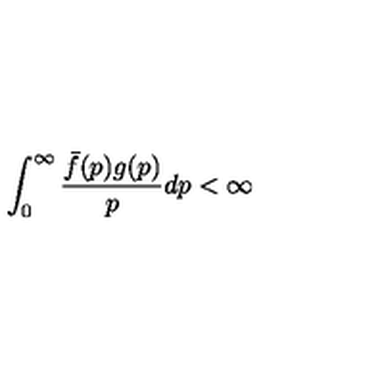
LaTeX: \int _ { 0 } ^ { \infty } \frac { \bar { f } ( p ) g ( p ) } { p } d p < \infty